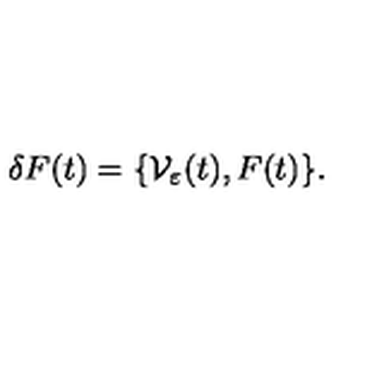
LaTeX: \delta F ( t ) = \{ \mathcal V _ { \varepsilon } ( t ) , F ( t ) \} .